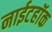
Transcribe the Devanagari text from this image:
नाईटहॉक